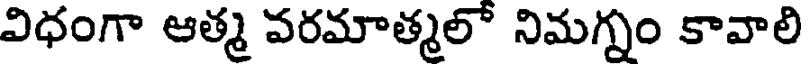
విధంగా ఆత్మ వరమాత్మలో నిమగ్నం కావాలి